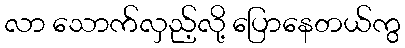
လာ သောက်လှည့်လို့ ပြောနေတယ်ကွ